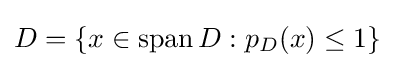
D=\left\{x\in \operatorname {span} D:p_{D}(x)\leq 1\right\}